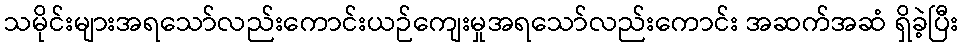
သမိုင်းများအရသော်လည်းကောင်းယဉ်ကျေးမှုအရသော်လည်းကောင်း အဆက်အဆံ ရှိခဲ့ပြီး